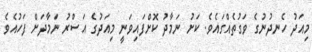
މިއަދު ހެނދުނުގެ ވަގުތެއްގައެވެ. ކަށު ނަމާދު ކޮށްފައިވަނީ މިއަދުގެ އަސްރު ނަމާދަށް ފަހުއެވެ.